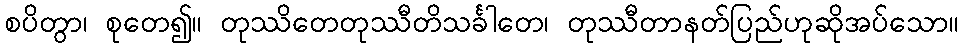
စပိတွာ၊ စုတေ၍။ တုဿိတေတုဿီတိသင်္ခါတေ၊ တုဿီတာနတ်ပြည်ဟုဆိုအပ်သော။